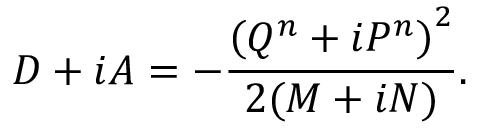
D + i A = - \frac { \left( Q ^ { n } + i P ^ { n } \right) ^ { 2 } } { 2 ( M + i N ) } .